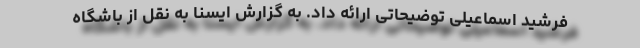
فرشید اسماعیلی توضیحاتی ارائه داد. به گزارش ایسنا به نقل از باشگاه